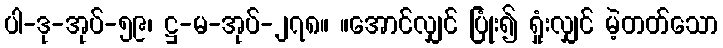
ပါ-ဒု-အုပ်-၅၉၊ ဋ္ဌ-မ-အုပ်-၂၇၈။ ။အောင်လျှင် ပြုံး၍ ရှုံးလျှင် မဲ့တတ်သော